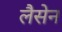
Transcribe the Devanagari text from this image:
लैसेन